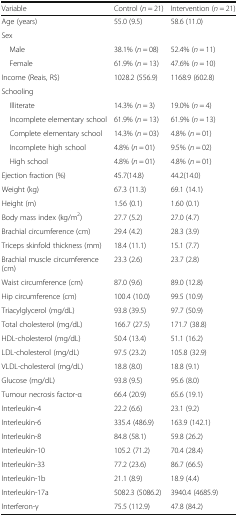
<table><thead><tr><td><b>Variable</b></td><td><b>Control (<i>n</i> = 21)</b></td><td><b>Intervention (<i>n</i> = 21)</b></td></tr></thead><tbody><tr><td>Age (years)</td><td>55.0 (9.5)</td><td>58.6 (11.0)</td></tr><tr><td colspan="3">Sex</td></tr><tr><td> Male</td><td>38.1% (<i>n</i> = 08)</td><td>52.4% (<i>n</i> = 11)</td></tr><tr><td> Female</td><td>61.9% (<i>n</i> = 13)</td><td>47.6% (<i>n</i> = 10)</td></tr><tr><td>Income (Reais, R$)</td><td>1028.2 (556.9)</td><td>1168.9 (602.8)</td></tr><tr><td colspan="3">Schooling</td></tr><tr><td> Illiterate</td><td>14.3% (<i>n</i> = 3)</td><td>19.0% (<i>n</i> = 4)</td></tr><tr><td> Incomplete elementary school</td><td>61.9% (<i>n</i> = 13)</td><td>61.9% (<i>n</i> = 13)</td></tr><tr><td> Complete elementary school</td><td>14.3% (<i>n</i> = 03)</td><td>4.8% (<i>n</i> = 01)</td></tr><tr><td> Incomplete high school</td><td>4.8% (<i>n</i> = 01)</td><td>9.5% (<i>n</i> = 02)</td></tr><tr><td> High school</td><td>4.8% (<i>n</i> = 01)</td><td>4.8% (<i>n</i> = 01)</td></tr><tr><td>Ejection fraction (%)</td><td>45.7(14.8)</td><td>44.2(14.0)</td></tr><tr><td>Weight (kg)</td><td>67.3 (11.3)</td><td>69.1 (14.1)</td></tr><tr><td>Height (m)</td><td>1.56 (0.1)</td><td>1.60 (0.1)</td></tr><tr><td>Body mass index (kg/m<sup>2</sup>)</td><td>27.7 (5.2)</td><td>27.0 (4.7)</td></tr><tr><td>Brachial circumference (cm)</td><td>29.4 (4.2)</td><td>28.3 (3.9)</td></tr><tr><td>Triceps skinfold thickness (mm)</td><td>18.4 (11.1)</td><td>15.1 (7.7)</td></tr><tr><td>Brachial muscle circumference (cm)</td><td>23.3 (2.6)</td><td>23.7 (2.8)</td></tr><tr><td>Waist circumference (cm)</td><td>87.0 (9.6)</td><td>89.0 (12.8)</td></tr><tr><td>Hip circumference (cm)</td><td>100.4 (10.0)</td><td>99.5 (10.9)</td></tr><tr><td>Triacylglycerol (mg/dL)</td><td>93.8 (39.5)</td><td>97.7 (50.9)</td></tr><tr><td>Total cholesterol (mg/dL)</td><td>166.7 (27.5)</td><td>171.7 (38.8)</td></tr><tr><td>HDL-cholesterol (mg/dL)</td><td>50.4 (13.4)</td><td>51.1 (16.2)</td></tr><tr><td>LDL-cholesterol (mg/dL)</td><td>97.5 (23.2)</td><td>105.8 (32.9)</td></tr><tr><td>VLDL-cholesterol (mg/dL)</td><td>18.8 (8.0)</td><td>18.8 (9.1)</td></tr><tr><td>Glucose (mg/dL)</td><td>93.8 (9.5)</td><td>95.6 (8.0)</td></tr><tr><td>Tumour necrosis factor-α</td><td>66.4 (20.9)</td><td>65.6 (19.1)</td></tr><tr><td>Interleukin-4</td><td>22.2 (6.6)</td><td>23.1 (9.2)</td></tr><tr><td>Interleukin-6</td><td>335.4 (486.9)</td><td>163.9 (142.1)</td></tr><tr><td>Interleukin-8</td><td>84.8 (58.1)</td><td>59.8 (26.2)</td></tr><tr><td>Interleukin-10</td><td>105.2 (71.2)</td><td>70.4 (28.4)</td></tr><tr><td>Interleukin-33</td><td>77.2 (23.6)</td><td>86.7 (66.5)</td></tr><tr><td>Interleukin-1b</td><td>21.1 (8.9)</td><td>18.9 (4.4)</td></tr><tr><td>Interleukin-17a</td><td>5082.3 (5086.2)</td><td>3940.4 (4685.9)</td></tr><tr><td>Interferon-γ</td><td>75.5 (112.9)</td><td>47.8 (84.2)</td></tr></tbody></table>